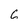
Character: 6